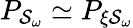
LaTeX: P_{\mathcal{S}_{\omega}}\simeq P_{\xi\mathcal{S}_{\omega}}